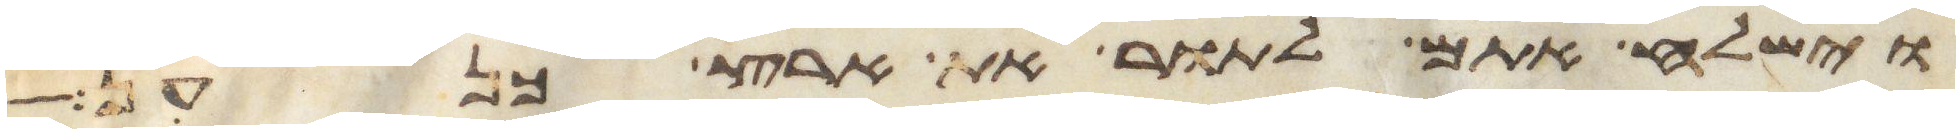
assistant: וישלח אתם לתור את ארץ כנען